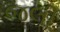
જલી